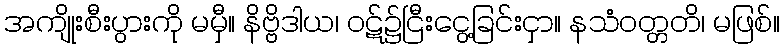
အကျိုးစီးပွားကို မမှီ။ နိဗ္ဗိဒါယ၊ ဝဋ်၌ငြီးငွေ့ခြင်းငှာ။ နသံဝတ္တတိ၊ မဖြစ်။